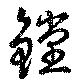
鏜